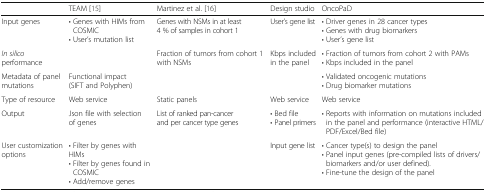
|  | TEAM [15] | Martinez et al. [16] | Design studio | OncoPaD |
 | --- | --- | --- | --- | --- |
 | Input genes | • Genes with HIMs from COSMIC• User’s mutation list | Genes with NSMs in at least 4 % of samples in cohort 1 | User’s gene list | • Driver genes in 28 cancer types• Genes with drug biomarkers• User’s gene list |
 | In silico performance |  | Fraction of tumors from cohort 1 with NSMs | Kbps included in the panel | • Fraction of tumors from cohort 2 with PAMs• Kbps included in the panel |
 | Metadata of panel mutations | Functional impact (SIFT and Polyphen) |  |  | • Validated oncogenic mutations• Drug biomarker mutations |
 | Type of resource | Web service | Static panels | Web service | Web service |
 | Output | Json file with selection of genes | List of ranked pan-cancer and per cancer type genes | • Bed file• Panel primers | • Reports with information on mutations included in the panel and performance (interactive HTML/PDF/Excel/Bed file) |
 | User customization options | • Filter by genes with HIMs• Filter by genes found in COSMIC• Add/remove genes |  | Input gene list | • Cancer type(s) to design the panel• Panel input genes (pre-compiled lists of drivers/biomarkers and/or user defined).• Fine-tune the design of the panel |